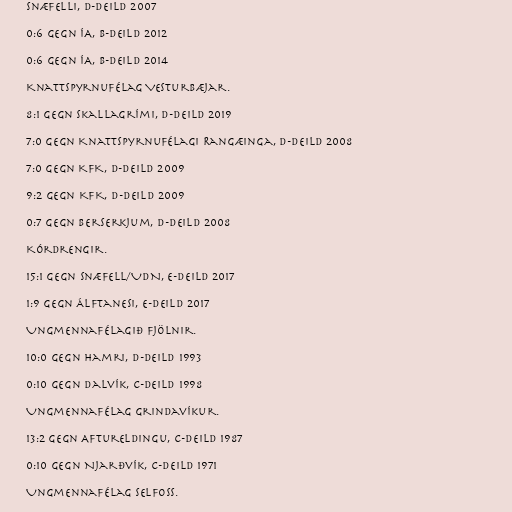
Snæfelli, D-deild 2007

0:6 gegn ÍA, B-deild 2012

0:6 gegn ÍA, B-deild 2014

Knattspyrnufélag Vesturbæjar.

8:1 gegn Skallagrími, D-deild 2019

7:0 gegn Knattspyrnufélagi Rangæinga, D-deild 2008

7:0 gegn KFK, D-deild 2009

9:2 gegn KFK, D-deild 2009

0:7 gegn Berserkjum, D-deild 2008

Kórdrengir.

15:1 gegn Snæfell/UDN, E-deild 2017

1:9 gegn Álftanesi, E-deild 2017

Ungmennafélagið Fjölnir.

10:0 gegn Hamri, D-deild 1993

0:10 gegn Dalvík, C-deild 1998

Ungmennafélag Grindavíkur.

13:2 gegn Aftureldingu, C-deild 1987

0:10 gegn Njarðvík, C-deild 1971

Ungmennafélag Selfoss.